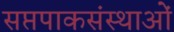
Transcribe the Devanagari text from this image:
सप्तपाकसंस्थाओं